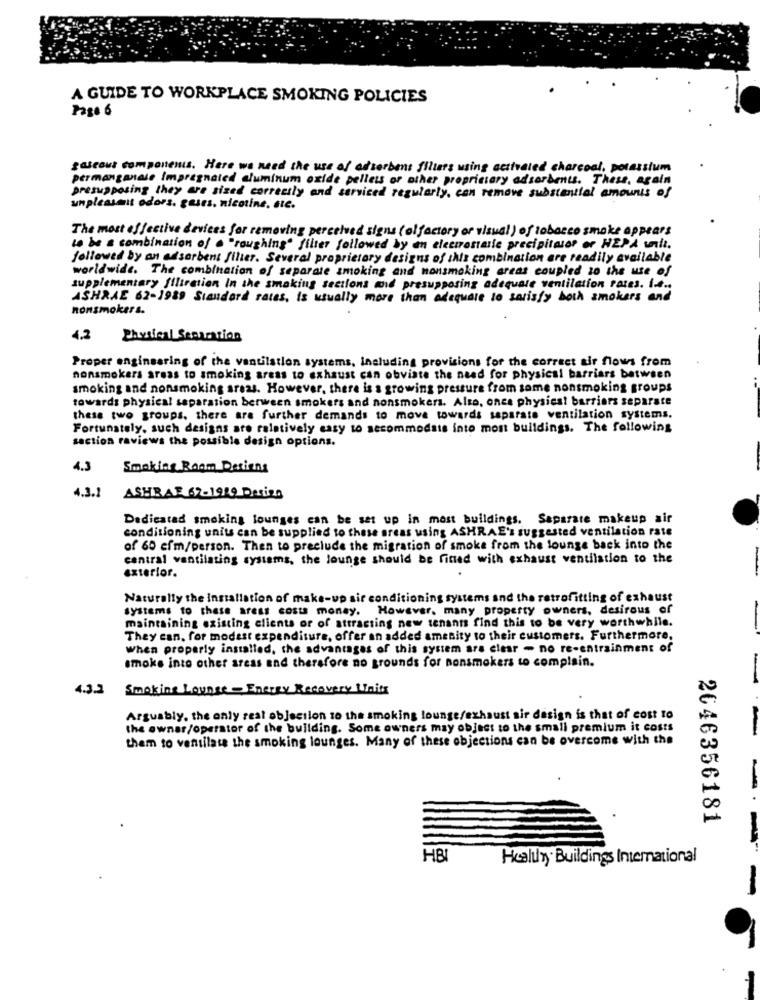
A GUIDE TO WORKPLACE SMOKING POLICIES
Page 6
gaseous components. Here we need the use of adsorbent filters using activated charcoal, potassium
permanganate Impregnated aluminum oxide pellets or other proprietary adsorbents. These, again
presupposing they are sized correctly and serviced regularly, can remove substantial amounts of
unpleasmit odors. gases. nicotine, etc.
The most effective devices for removing perceived signs (olfactory or visual ) of tobacco smoke appears
to be a combination of . "roughing" filter followed by an electrostatic precipitato? or HEPA wilt.
followed by an adsorbent filter. Several proprietary designs of this combination are readily available
worldwide. The combination of separate smoking and nonsmoking areas coupled 20 the use of
supplementary filtration In the smaking sections and presupposing adequate ventilation rates. I ....
ASHRAE 62-1989 Standard rates, is usually more than adequate to satisfy both smokers and
nonsmokers.
4.2
Physical Seenration
Proper enginsaring of the ventilation systems, including provisions for the correct air flows from
nonsmokers areas to smoking areas to exhaust can obviate the need for physical barriers between
smoking and nonsmoking areas. However, there is a growing pressure from some nonsmoking groups
towards physical separation berween smokers and nonsmokers. Also, once physiest barriers separate
these two groups, there are further demands to move towards separate ventilation systems.
Fortunately, such designs are relatively easy to secommodsts into most buildings. The following
saction raviews the possible design options.
4.3
Smoking Room Designs
4.3.1 ASHRAE 62-1949 Dering
Dedicatad smoking lounges can be set up in most buildings, Separate makeup air
conditioning units can be supplied to these areas using ASHRAE's suggested ventilation rate
of 60 efm/person. Then to preclude the migration of smoke from the lounge back into the
central ventilating systems, the lounge should be fined with exhaust ventilation to the
exterior.
Naturally the Installation of make-up air conditioning systems and the retrofitting of exhaust
systems to these areas costs money. However, many property owners, desirous of
maintaining existing clients or of attracting new tenants find this to be very worthwhile.
They can, for modest expenditure, offer an added amenity to their customers. Furthermore,
When properly installed, the advantages of this system are clear - no re-entrainment of
smoke into other areas and therefore no grounds for nonsmokers to complain.
4.3.2
Smoking Lounge - Energy Recovery Units
Arguably, the only real objection to the smoking lounge/exhaust sir design is that of cost to
the owner/operator of the building. Some owners may object to the small premium it costs
them to ventilate the smoking lounges. Many of these objections can be overcome with the
2646356181
HBI
HceluTy Buildings Intemational
-